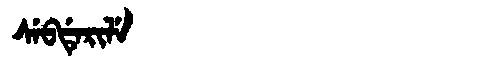
Manchu: ᠰᡝᠪᡩᡝᡵᡳᠯᡝ
Romanization: SEBDERILE